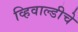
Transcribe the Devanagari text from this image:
व्हिवाल्डीचे